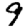
Digit: 9